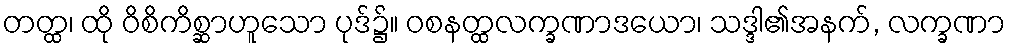
တတ္ထ၊ ထို ဝိစိကိစ္ဆာဟူသော ပုဒ်၌။ ဝစနတ္ထလက္ခဏာဒယော၊ သဒ္ဒါ၏အနက်, လက္ခဏာ